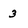
Character: 3